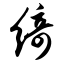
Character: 绮